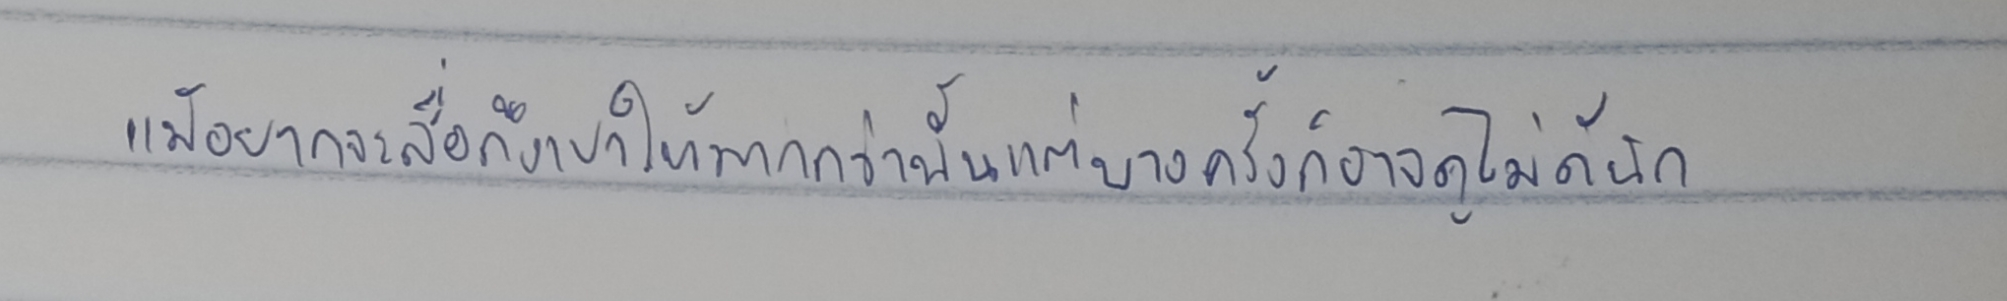
แม้จะอยากสื่อถึงเขาให้มากกว่านั้นแต่บางครั้งก็อาจดูไม่ดีนัก